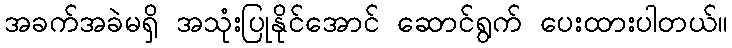
အခက်အခဲမရှိ အသုံးပြုနိုင်အောင် ဆောင်ရွက် ပေးထားပါတယ်။